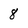
Character: 8